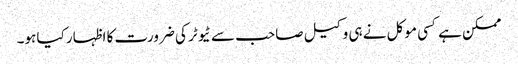
ممکن ہے کسی موکل نے ہی وکیل صاحب سے ٹیوٹر کی ضرورت کا اظہار کیا ہو۔